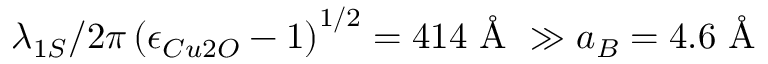
\lambda _ { 1 S } / 2 \pi \left( { \epsilon _ { C u 2 O } - 1 } \right) ^ { 1 / 2 } = 4 1 4 \mathrm { ~ \AA ~ } \gg a _ { B } = 4 . 6 \mathrm { ~ \AA ~ }